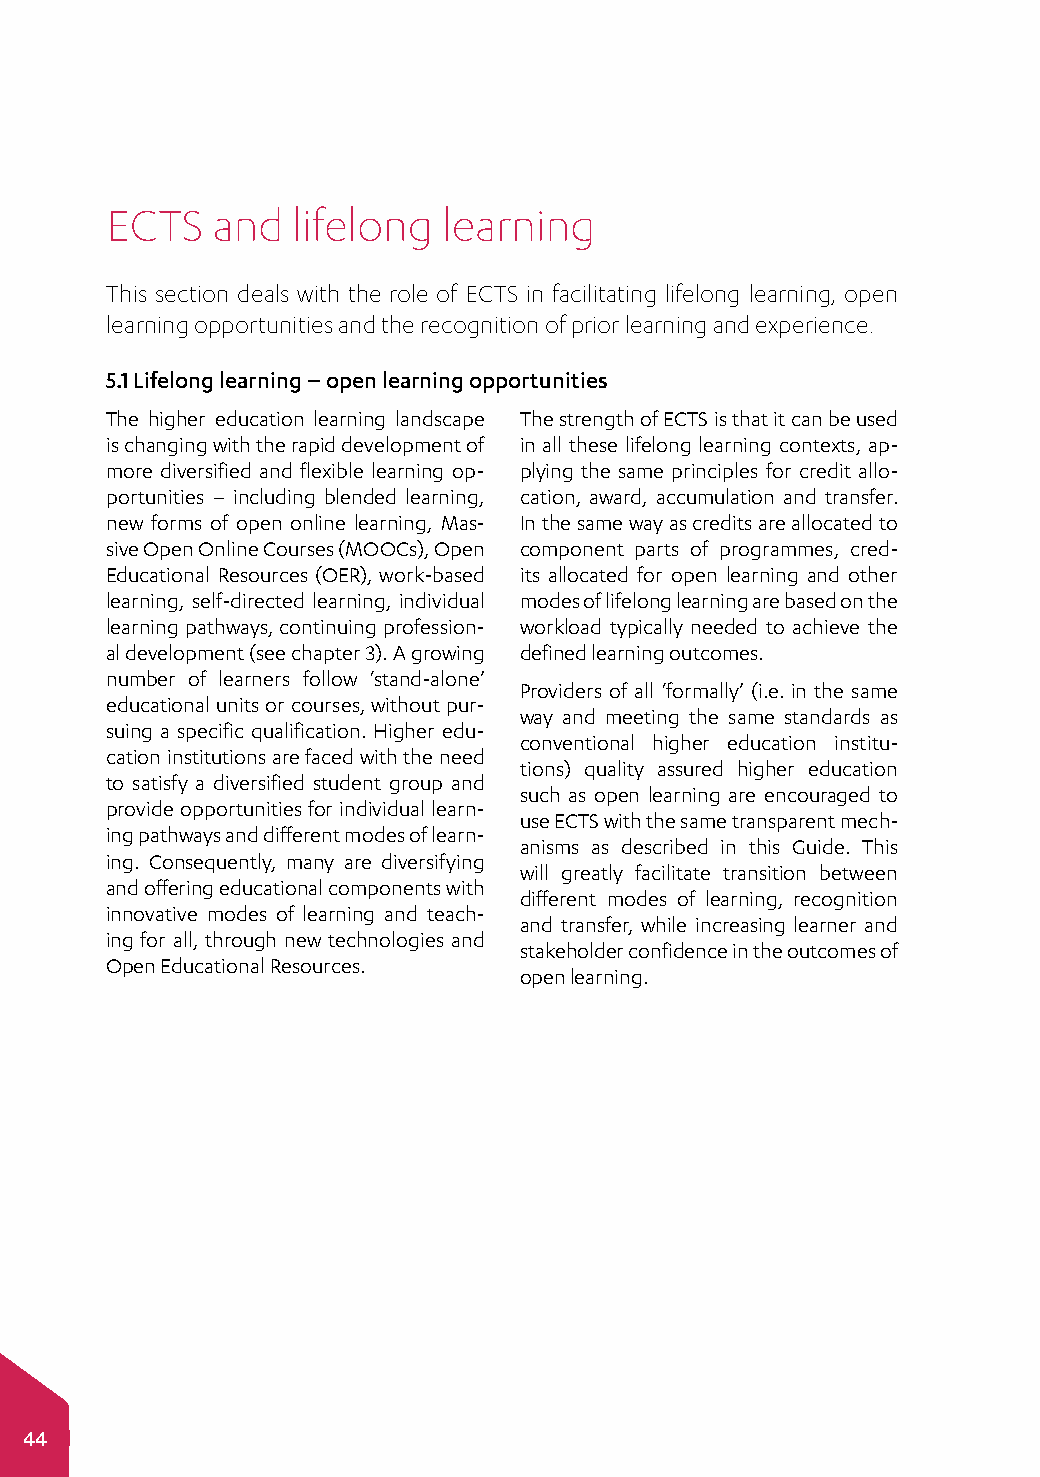
ECTS   and  lifelong  learning
 This section deals with the role of ECTS in facilitating lifelong learning, open
 learning opportunities and the recognition of prior learning and experience.
 5.1 Lifelong learning – open learning opportunities
 The higher education learning landscape The strength of ECTS is that it can be used
 is changing with the rapid development of in all these lifelong learning contexts, ap­
 more diversified and flexible learning op­ plying the same principles for credit allo­
 portunities – including blended learning, cation, award, accumulation and transfer.
 new forms of open online learning, Mas­ In the same way as credits are allocated to
 sive Open Online Courses (MOOCs), Open component parts of programmes, cred­
 Educational Resources (OER), work-based its allocated for open learning and other
 learning, self-directed learning, individual modes of lifelong learning are based on the
 learning pathways, continuing profession­ workload typically needed to achieve the
 al development (see chapter 3). A growing defined learning outcomes.
 number of learners follow ‘stand-alone’
 Providers of all ‘formally’ (i.e. in the same
 educational units or courses, without pur­
 way and meeting the same standards as
 suing a specific qualification. Higher edu­
 conventional higher education institu­
 cation institutions are faced with the need
 tions) quality assured higher education
 to satisfy a diversified student group and
 such as open learning are encouraged to
 provide opportunities for individual learn­
 use ECTS with the same transparent mech­
 ing pathways and different modes of learn­
 anisms as described in this Guide. This
 ing. Consequently, many are diversifying
 will greatly facilitate transition between
 and offering educational components with
 different modes of learning, recognition
 innovative modes of learning and teach­
 and transfer, while increasing learner and
 ing for all, through new technologies and
 stakeholder confidence in the outcomes of
 Open Educational Resources.
 open learning.
 44